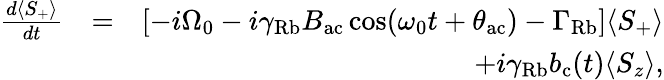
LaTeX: \begin{array}{rlr}{\frac{d\langle S_{+}\rangle}{dt}}&{=}&{\left[-i\Omega_{0}-i\gamma_{\mathrm{Rb}}B_{\mathrm{ac}}\cos(\omega_{0}t+\theta_{\mathrm{ac}})-\Gamma_{\mathrm{Rb}}\right]\langle S_{+}\rangle}\\ &{}&{+i\gamma_{\mathrm{Rb}}b_{\mathrm{c}}(t)\langle S_{z}\rangle,}\end{array}